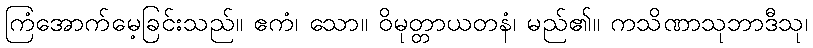
ကြံအောက်မေ့ခြင်းသည်။ ဧကံ၊ သော။ ဝိမုတ္တာယတနံ၊ မည်၏။ ကသိဏာသုဘာဒီသု၊